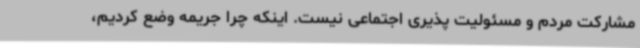
مشارکت مردم و مسئولیت پذیری اجتماعی نیست. اینکه چرا جریمه وضع کردیم،